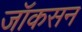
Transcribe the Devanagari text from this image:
जॉकसन